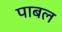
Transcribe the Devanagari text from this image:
पाबल